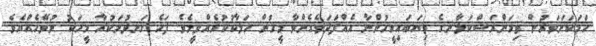
ހަމަކަށަވަރުން ތިމަންރަސްކަލާނގެ ތިޔަބައިމީހުންނާ އެއްފަދަވެގެންވާ މީހުން ހަލާކުކުރެއްވީމެވެ. ފަހެ ހަނދުމަކުރާ މީހަކު ނުވޭހެއްޔެވެ